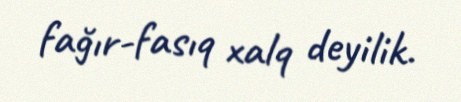
fağır-fasıq xalq deyilik.